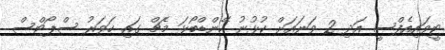
ޓީވައިއެފްސީ އަދި 2 ވަނައަށް ކުޅުނު ހޭންޑްބޯޅަ މެޗް ގައި ހަވަރު ސްޕޯޓްސް